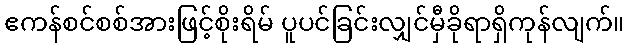
ဧကန်စင်စစ်အားဖြင့်စိုးရိမ် ပူပင်ခြင်းလျှင်မှီခိုရာရှိကုန်လျက်။